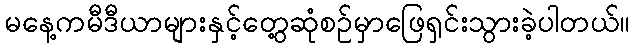
မနေ့ကမီဒီယာများနှင့်တွေ့ဆုံစဉ်မှာဖြေရှင်းသွားခဲ့ပါတယ်။